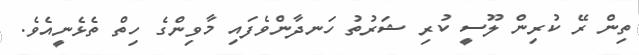
ތިން ރޭ ކުރިން ލޫސީ ކުރި ޝަރުތު ހަނދާންވެފައި މާވިންގެ ހިތް ތެޅެނީއެވެ.